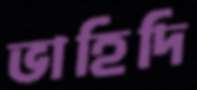
ভাহিদি